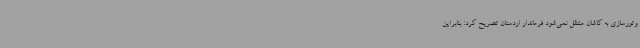
وتورسازی به کاشان منتقل نمی‌شود فرماندار اردستان تصریح کرد: بنابراین